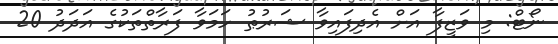
ނޯޓް: މި ވަޒީފާ އަށް އެދިފައިވާ ޝަރުޠު ހަމަވާ ފަރާތްތަކުގެ އަދަދު 20